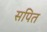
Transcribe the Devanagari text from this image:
सपित